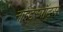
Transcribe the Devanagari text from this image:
नाइटस्पॉट्स